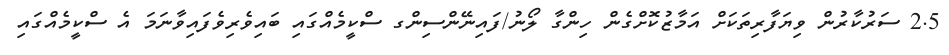
2.5 ސަރުކާރުން ވިޔަފާރިތަކަށް އަމާޒުކޮށްގެން ހިންގާ ލޯނު/ފައިނޭންސިންގ ސްކީމެއްގައި ބައިވެރިވެފައިވާނަމަ އެ ސްކީމެއްގައި